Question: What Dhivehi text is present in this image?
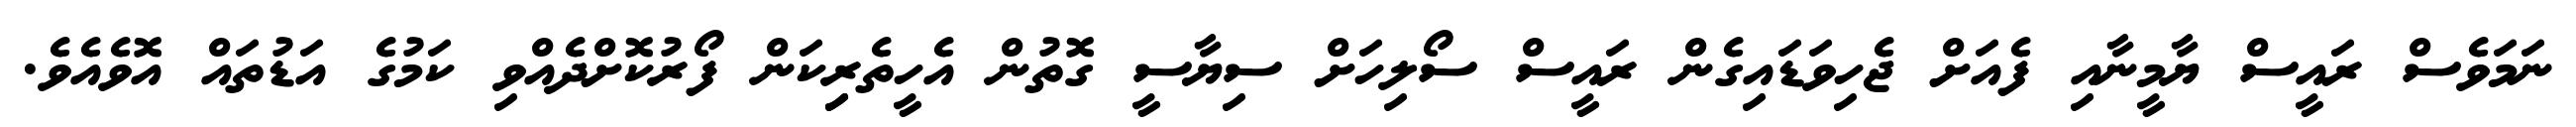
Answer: ނަމަވެސް ރައީސް ޔާމީނާއި ފެއަށް ޖެހިވަޑައިގެން ރައީސް ސޯލިހަށް ސިޔާސީ ގޮތުން އެހީތެރިިކަން ފޯރުކޮށްދެއްވި ކަމުގެ އަޑުތައް އޮވެއެވެ.